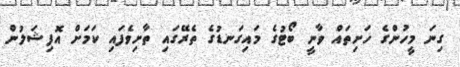
ގިނަ މީހުންގެ ހަށިތައް ވާނީ ބޯޓުގެ މައިގަނޑުގެ ތެރޭގައި ތާށިވެފައި ކަމަށް އޮފިޝަލުން